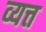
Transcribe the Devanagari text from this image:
व्यत्त